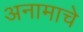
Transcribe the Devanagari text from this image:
अनामाचे